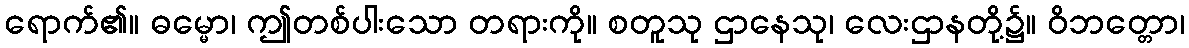
ရောက်၏။ ဓမ္မော၊ ဤတစ်ပါးသော တရားကို။ စတူသု ဌာနေသု၊ လေးဌာနတို့၌။ ဝိဘတ္တော၊